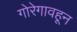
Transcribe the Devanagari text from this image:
गोरेगावहून